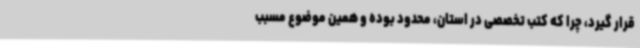
قرار گیرد، چرا که کتب تخصصی در استان، محدود بوده و همین موضوع مسبب